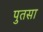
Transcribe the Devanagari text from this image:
पुतसा